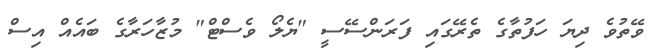
ވޭތުވެ ދިޔަ ހަފުތާގެ ތެރޭގައި ފަރަންސޭސީ "ޔެލޯ ވެސްޓް" މުޒާހަރާގެ ބައެއް އިސް